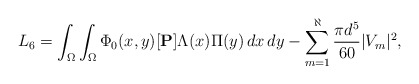
\begin{align*}L_{6} =\int_{\Omega}\int_{\Omega}\Phi_{0}(x, y)[\mathbf{P}]\Lambda(x)\Pi(y)\,dx\,dy-\sum_{m=1}^\aleph\frac{\pi d^5}{60}|V_m|^2,\end{align*}